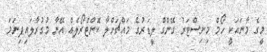
މީގެ މާނައަކީ ހޯމް މިނިސްޓަރު ގޭންގް ލީޑަރުގެ މައްޗަށްލާ ކޮންޓްރޯލެއް އޭނާ މުގުރާލައިފިނަމަ